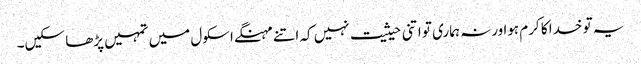
یہ تو خدا کا کرم ہوا ورنہ ہماری تو اتنی حیثیت نہیں کہ اتنے مہنگے اسکول میں تمہیں پڑھا سکیں۔